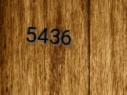
5436